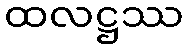
ထလဋ္ဌဿ